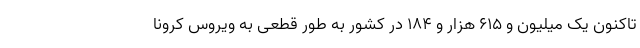
تاکنون یک میلیون و ۶۱۵ هزار و ۱۸۴ در کشور به طور قطعی به ویروس کرونا